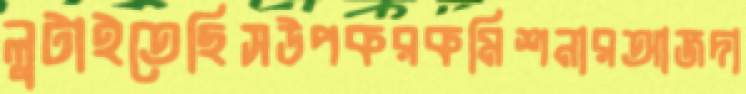
লুটাইতেছিসউপকরকমিশনারআজদা